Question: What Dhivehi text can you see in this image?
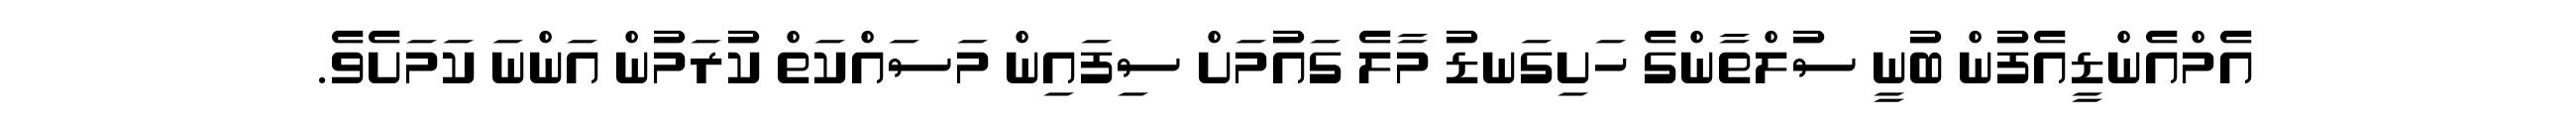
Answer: އެމްއެންޑީއެފުން ބުނީ ސުލްތާންގެ ހަށިގަނޑު މާލެ ގައުމަށް ސިފައިން މަސައްކަތް ކުރަމުން އަންނަ ކަމަށެވެ.